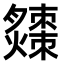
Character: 𤒗